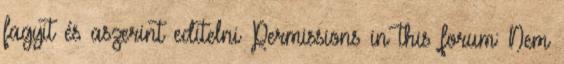
fagyit és aszerint editelni Permissions in this forum: Nem